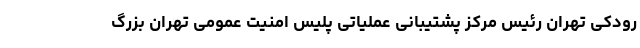
رودکی تهران رئیس مرکز پشتیبانی عملیاتی پلیس امنیت عمومی تهران بزرگ